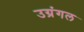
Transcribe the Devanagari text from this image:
उग्रंंगल